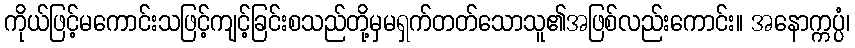
ကိုယ်ဖြင့်မကောင်းသဖြင့်ကျင့်ခြင်းစသည်တို့မှမရှက်တတ်သောသူ၏အဖြစ်လည်းကောင်း။ အနောက္ကပ္ပံ၊